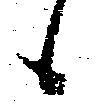
候